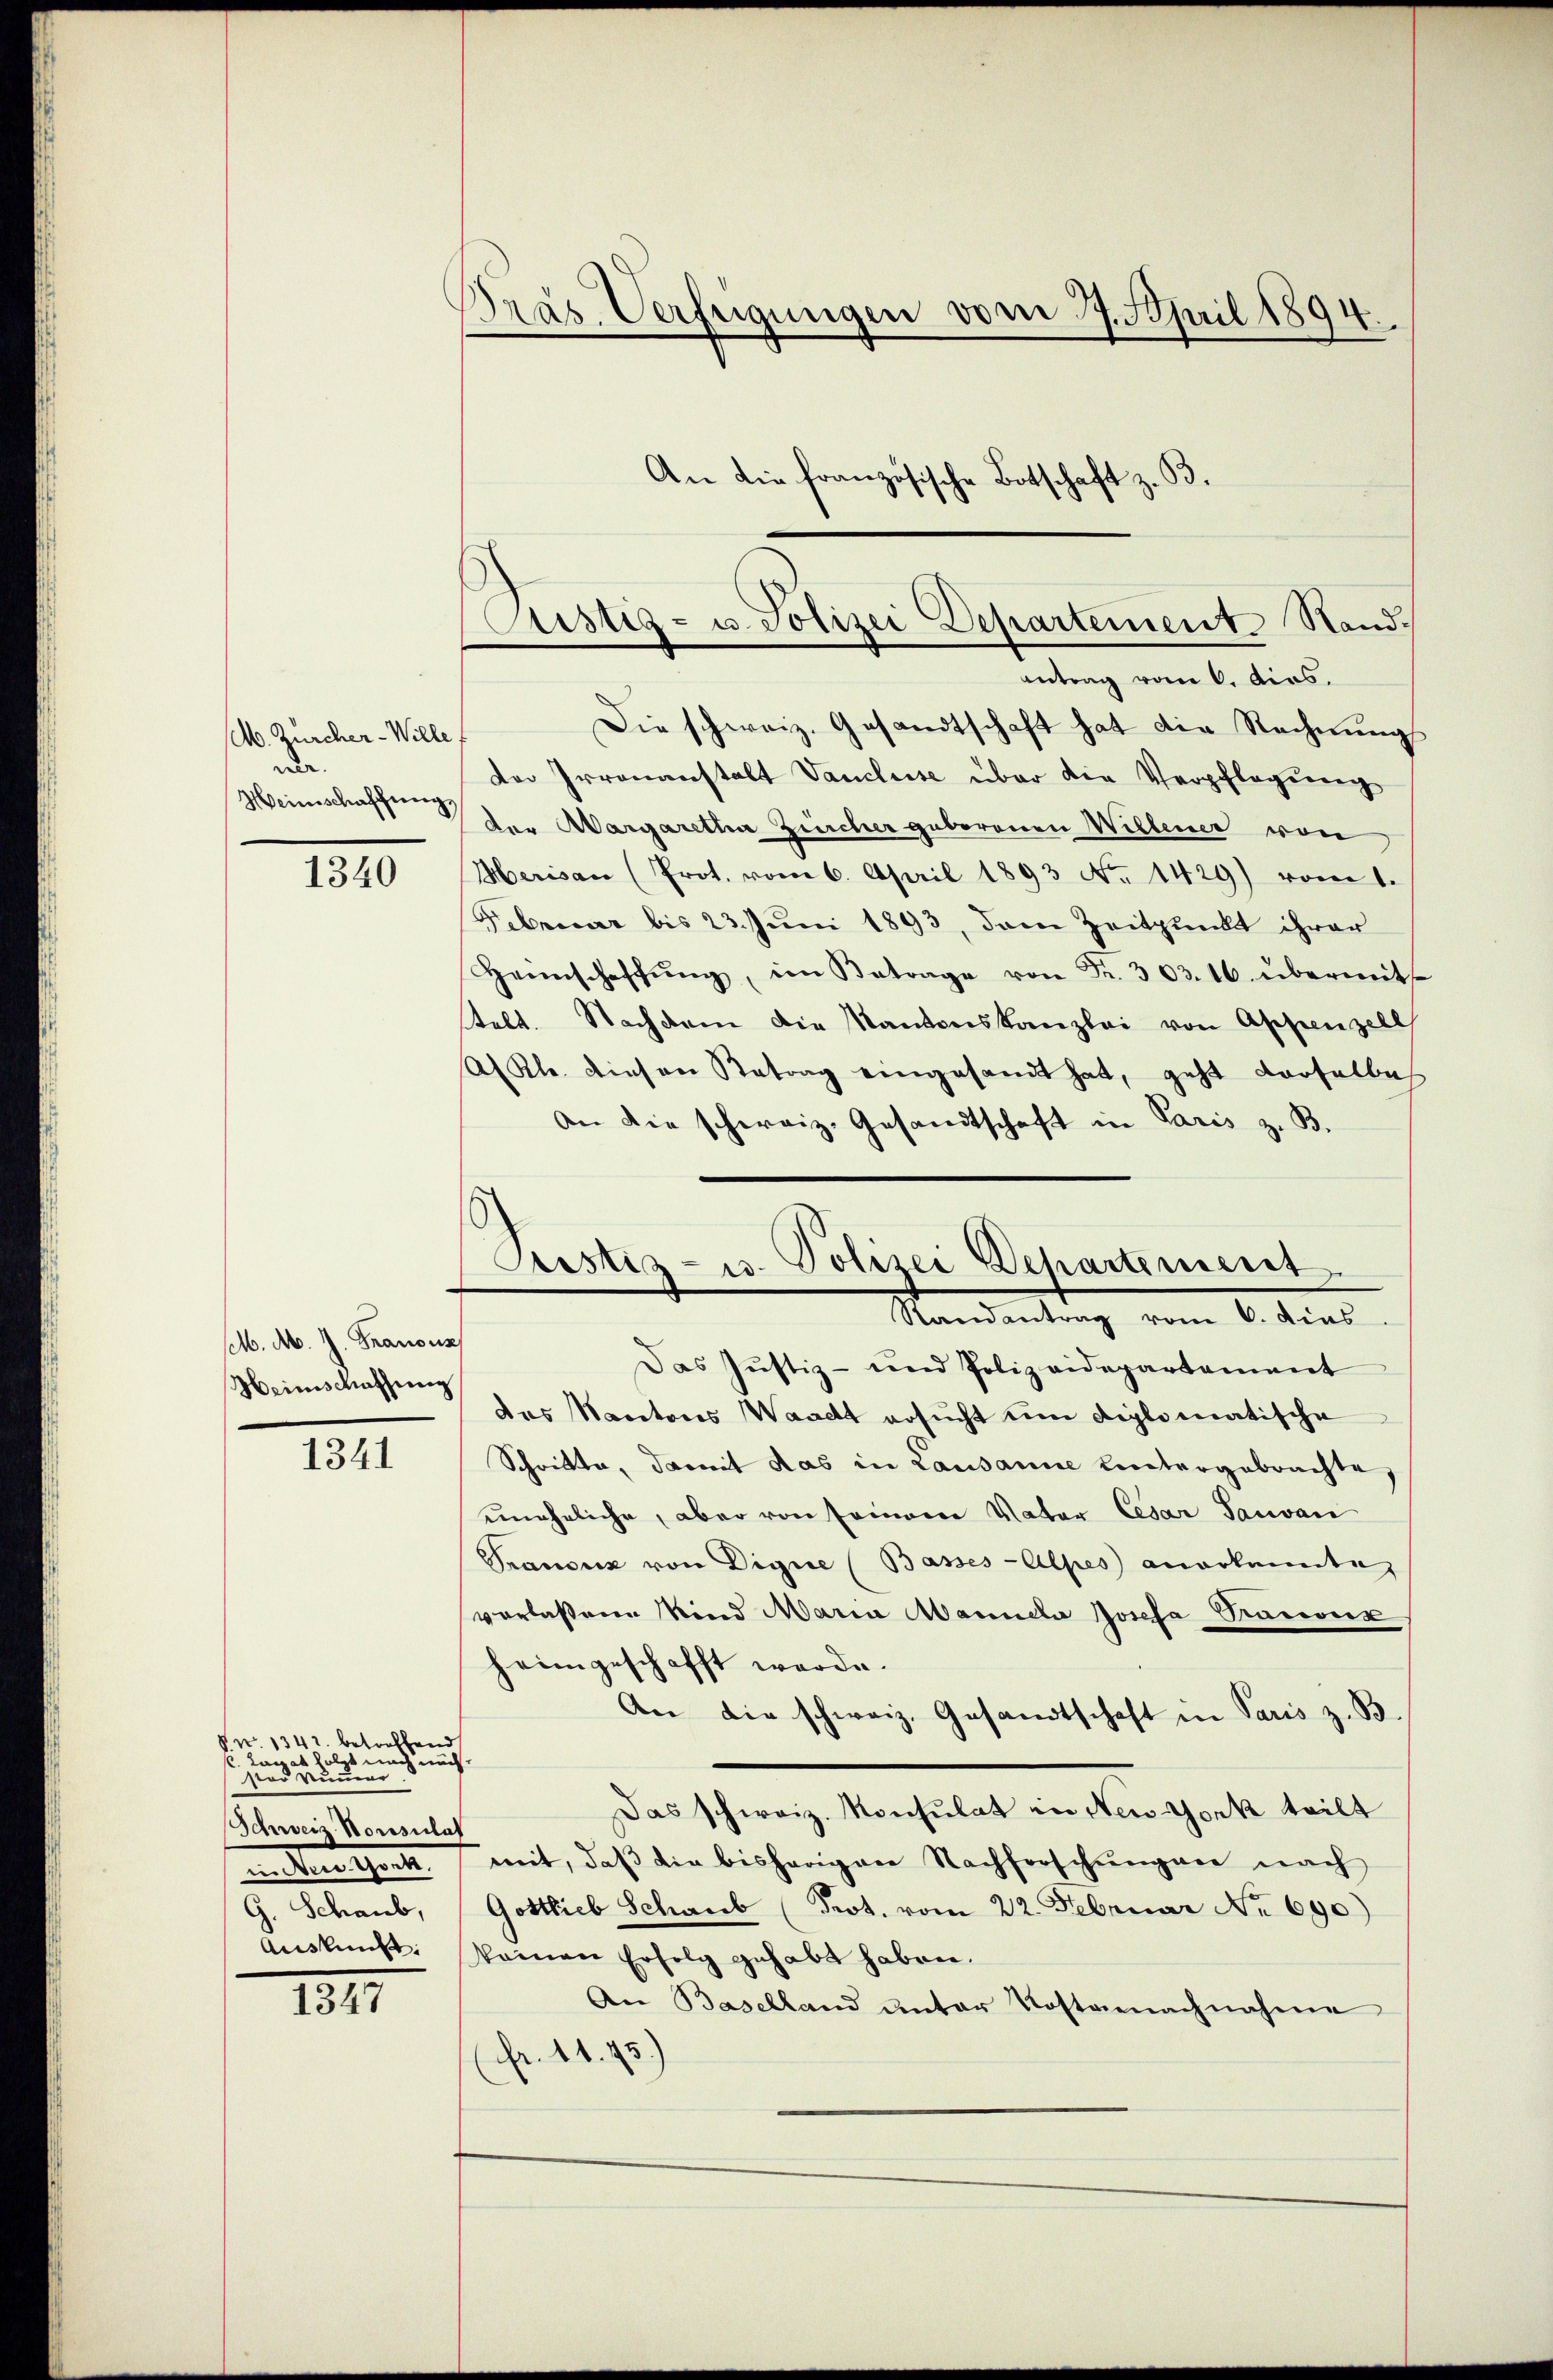
. Zürcher - Wille
ner.
Heimschaffung,

1340

set. Ab. J. Franous
Heinschaffung

1341

§. N. 1342. betreffend
Lavat folgt nach nächser Nummer.
Schweiz. Konsulat
in Wertheil
G. Schaub,

1347

Dras Verfügungen vom 27. April 1894.
An die französische Botschaft z. B.

Custiz- u. Polizei Departement Stand.

Justiz- u. Polizei Departeriert
Randantrag vom 6. dies

Antrag vom 6. dies
Die schweiz. Gesandtschaft hat die Rechnŭng
Der Irrenanstalt Vanclusse über die Verpflegung
der Aargaretha Züncher geborenen Willener von
Herisau (Prot. vom 6. April 1893 No. 1429) vom 1.
Februar bis 23. Juni 1893, dem Zeitpunkt ihrer
Heimschaffŭng, im Betrage von Fr. 303. 16. übermitt
telt. Nachdem die Kantonskanzlei von Appenzell
A Kl. diesen Betrag eingesandt hat, geht dürfellich
An die schweiz. Gesandtschaft in Paris z. B.
Das Justiz- und Polizeidepartement
das Nacetors Waadt ersucht um diplomatische
Schritte, damit das in Lausanne untergebrachte,
eineheliche, aber von seinem Vater Cesar Tauvan
Prauenz von Digue (Basses Alpes anerkannte
verlassene Kind Maria Manneli Josefa Praconz
heimgeschafft werde.
An die schweiz. Gesandtschaft in Paris z. B.
Das schweiz. Konsulat von New-York teilt
mit, daß die bisherigen Nachforschungen nach
Gottlieb Schaub (Prot. vom 22. Februar No 690)
Auskunft, keinen Erfolg gehabt haben.
An Baselland unter Kosternachnahme
(Fr. 11. 75.)